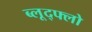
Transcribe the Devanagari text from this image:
ब्लूद्फ्लो